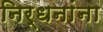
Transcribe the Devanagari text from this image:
निर्धनांना